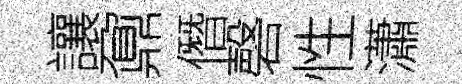
讓鼐僭磬性瀟